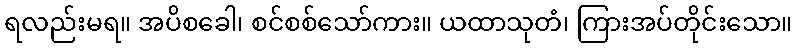
ရလည်းမရ။ အပိစခေါ၊ စင်စစ်သော်ကား။ ယထာသုတံ၊ ကြားအပ်တိုင်းသော။